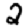
Digit: 2